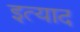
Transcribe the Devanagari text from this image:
इत्याद